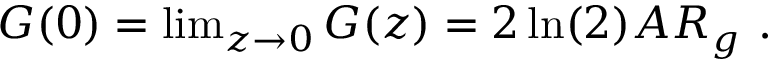
\begin{array} { r } { G ( 0 ) = \operatorname* { l i m } _ { z \rightarrow 0 } G ( z ) = 2 \ln ( 2 ) A R _ { g } ~ . } \end{array}